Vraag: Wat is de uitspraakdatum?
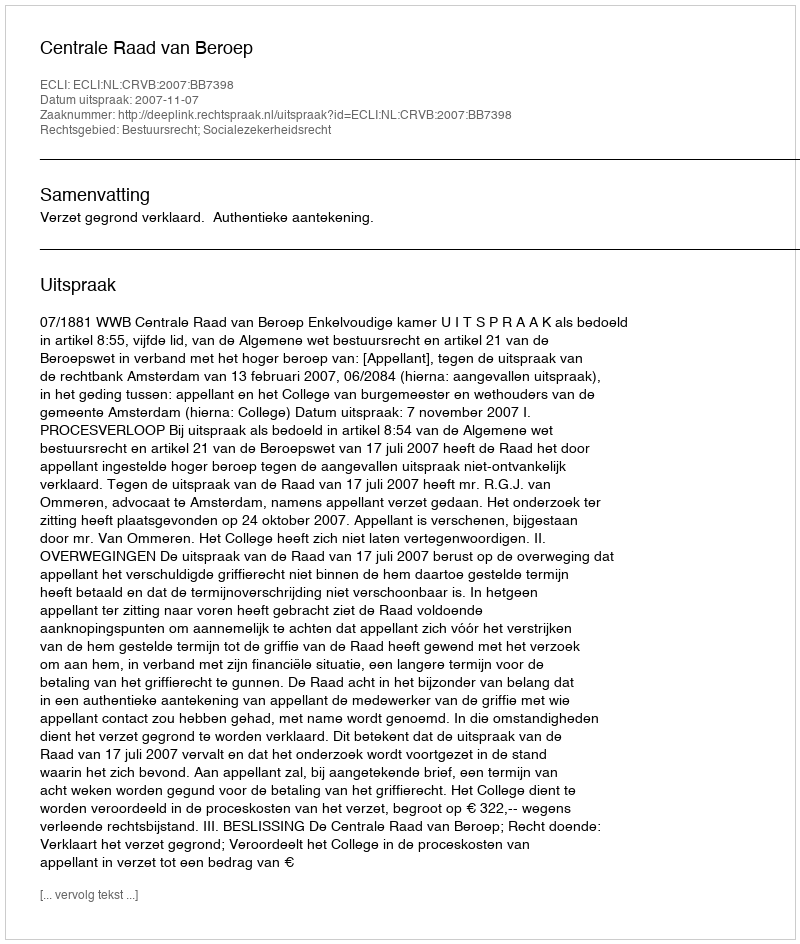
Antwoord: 2007-11-07